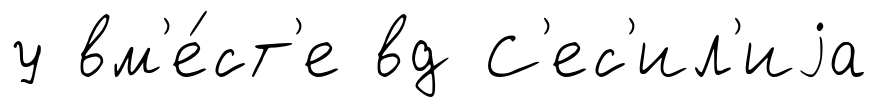
у вм'е́ст'е вд С'ес'ил'иjа